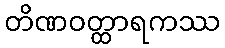
တိဏဝတ္ထာရကဿ